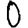
Digit: 0